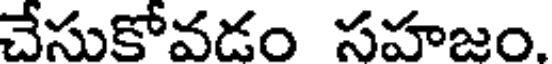
చేసుకోవడం సహజం.